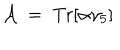
LaTeX: { \cal A } \; = \; \mathrm { T r } [ \alpha \gamma _ { 5 } ]